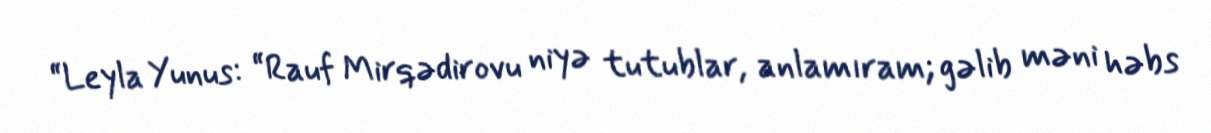
“Leyla Yunus: “Rauf Mirqədirovu niyə tutublar, anlamıram; gəlib məni həbs